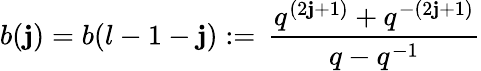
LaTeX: b(\mathbf{j})=b(l-1-\mathbf{j}):=\, \frac{{q^{(2\mathbf{j}+1)}+q^{-(2\mathbf{j}+1)}}}{{q-q^{-1}}}